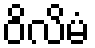
ဝိလိမံ